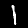
Label: 1